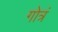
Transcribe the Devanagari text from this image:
गोत्रं